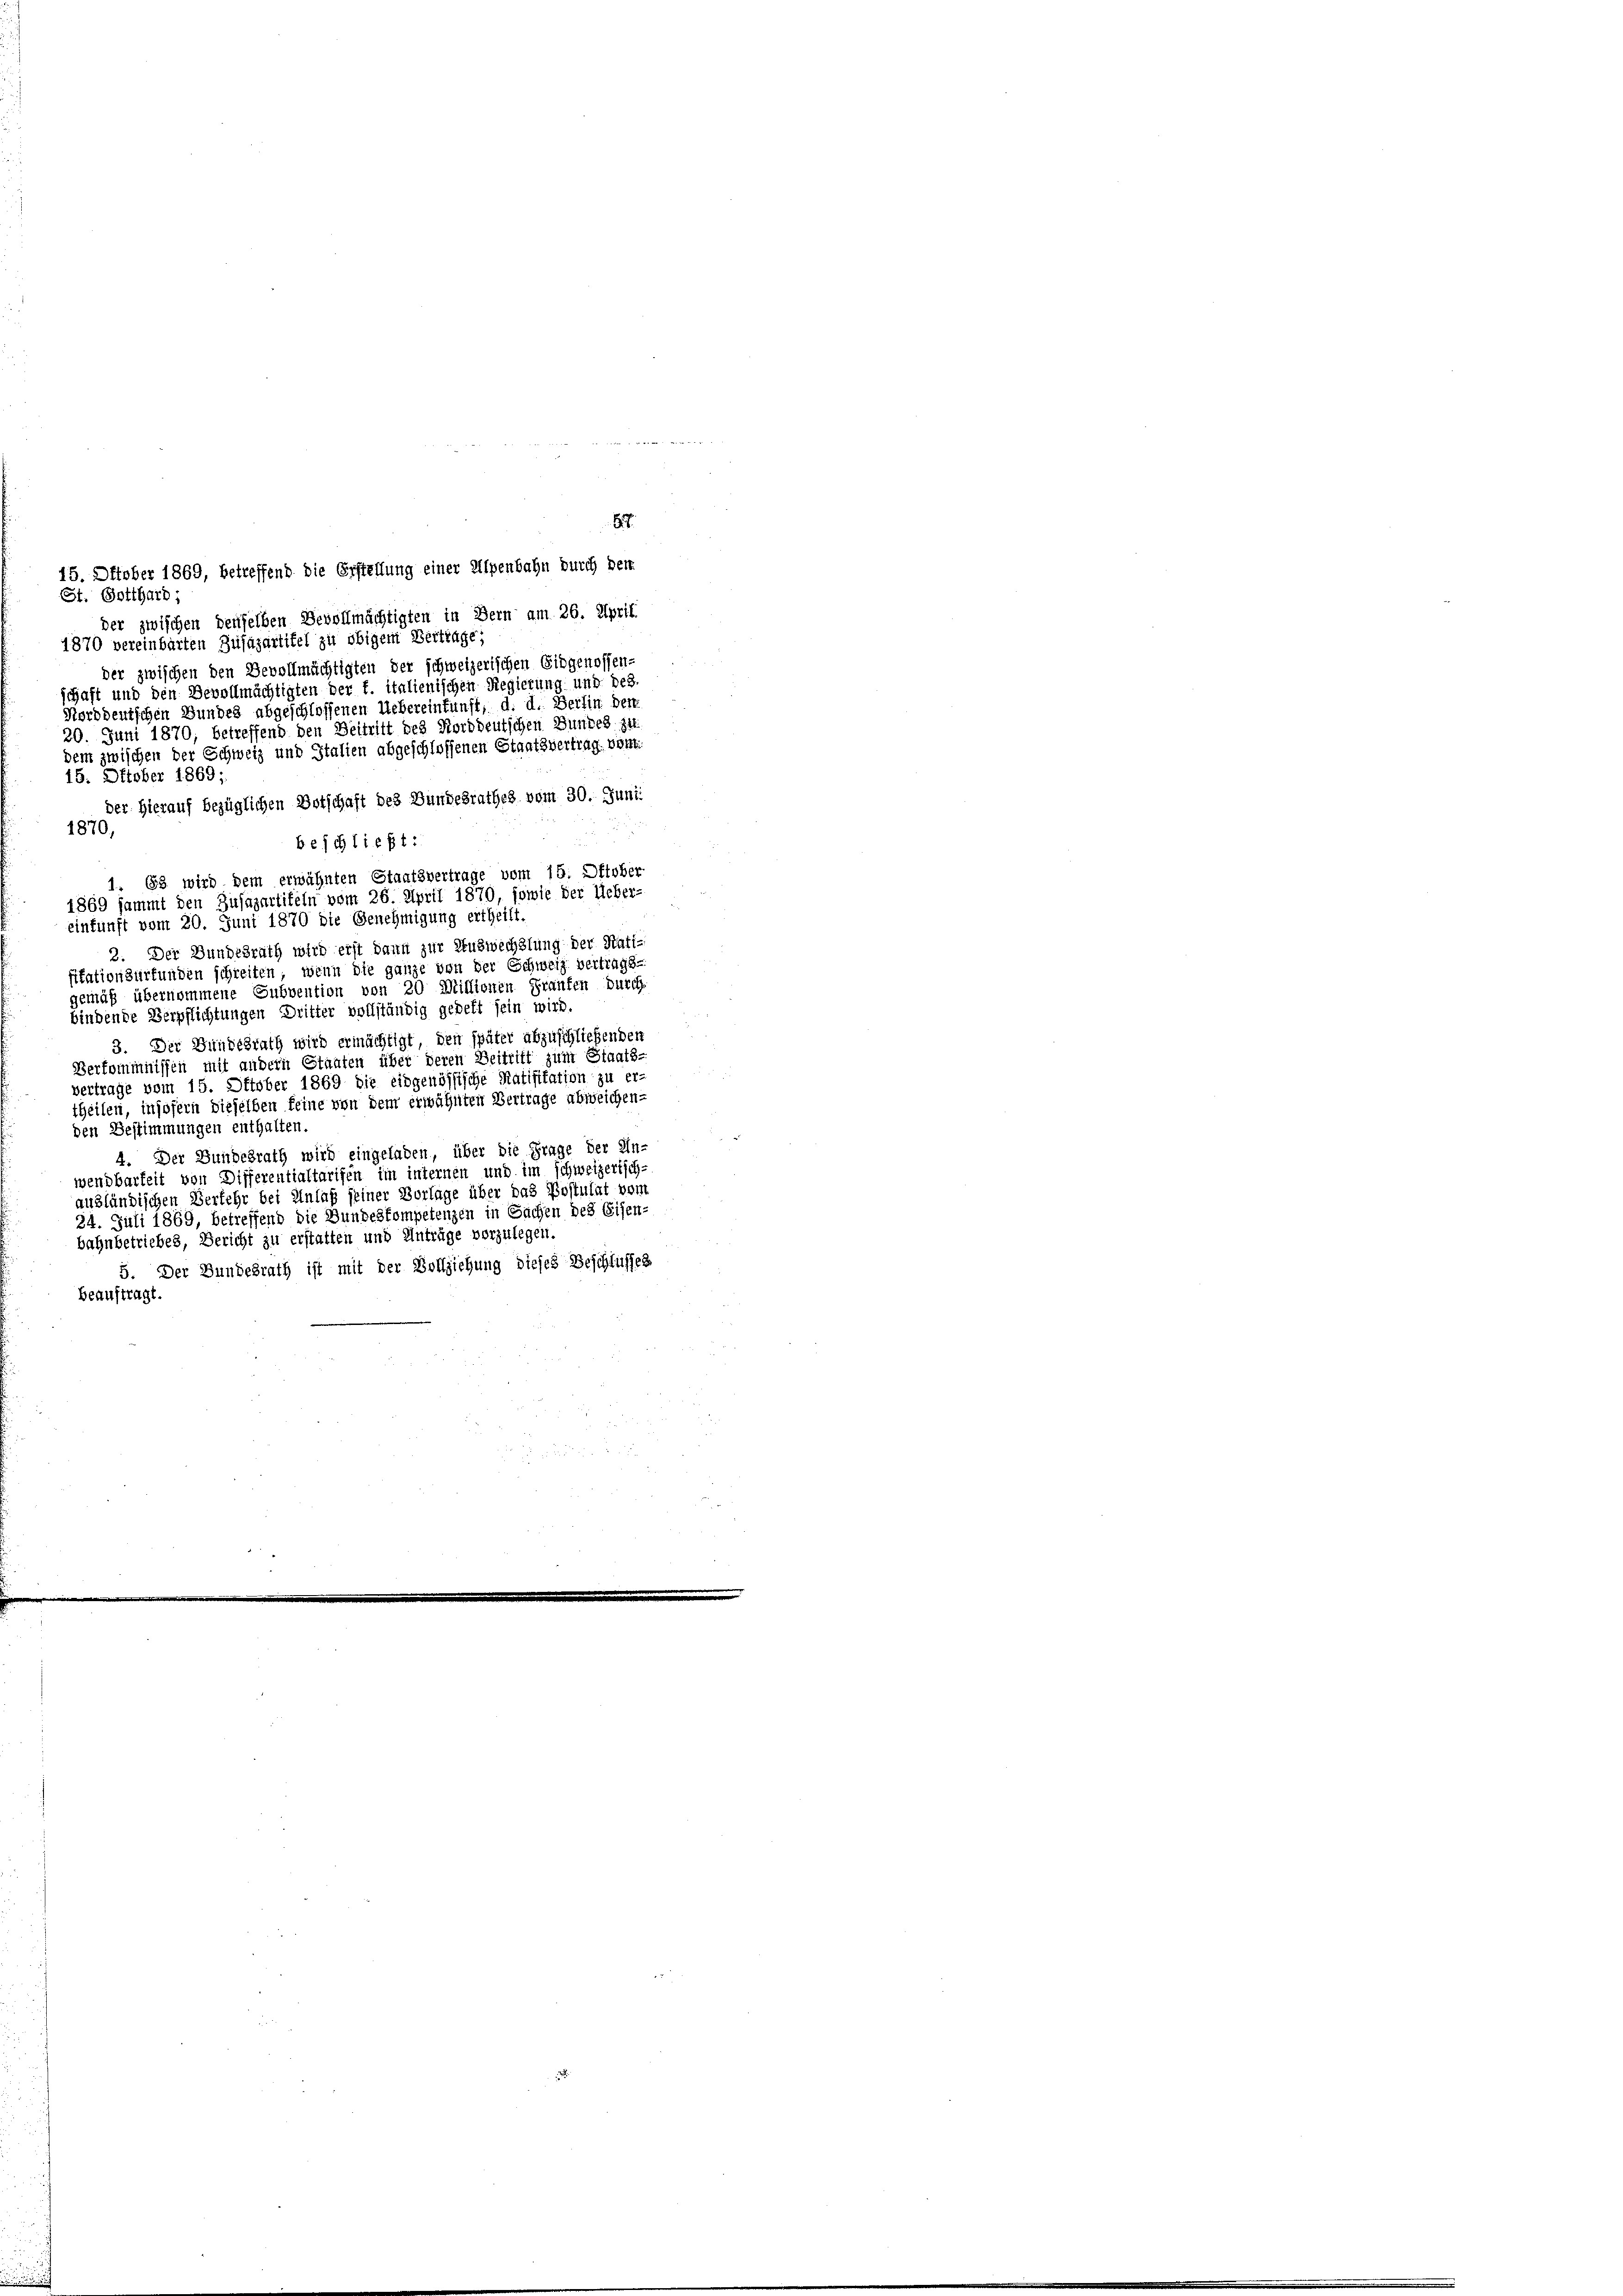
817.
15. Oktober 1869, betreffend die Erstellung einer Alpenbahn durch der
St. Gotthard ;
der zwischen denselben Bevollmächtigten in Bern am 26. April
1870 vereinbarten Zusazartitel zu obigem Bertrage;
der zwischen den Bevollmächtigten der schweizerischen Eidgenossen-
schaft und den Devollmächtigten der f. italienischen Regierung und des
Norddeutschen Bundes abgeschlossenen Uebereinfunst, d. d. Berlin den
20. Juni 1870, betreffend den Beitritt des Norddeutschen Bundes zu
dem zwischen der Schweiz und Italien abgeschlossenen Staatsvertrag vom
15. Oktober 1869;
der hierauf bezüglichen Botschaft des Bundesrathes vom 30. Juni
1870,
beschließt:
1. Es wird dem erwähnten Staatsvertrage vom 15. Oktober
1869 sammt den Zusazartiteln vom 26. April 1879, sowie der Ueber-
einfunft vom 20. Juni 1870 die Genehmigung ertheilt.
2. Der Bundesrath wird erst dann zur Auswechslung der Ratifitation zürfunden schreiten, wenn die ganze von der Schweiz vertrags-
gemäß übernommene Subvention von 20 Millionen Franken durch.
bindende Verpflichtungen Dritter vollständig gebett sein wird.
3. Der Bundesrath wird ermächtigt, den später abzuschließenden
Verkommnissen mit andern Staaten über deren Beitritt zum Staats-
vertrage vom 15. Oktober 1869 die eidgenössische Ratifikation zu er-
theilen, insofern dieselben feine von dem erwähnten Vertrage abweichen-
den Bestimmungen enthalten.
4. Der Bundesrath wird eingeladen, über die Frage der Un-
wendbarkeit von Differentialtarifen im internen und im schweizerisch-
ausländischen Verkehr bei Anlaß seiner Vorlage über das Postulat vom
24. Juli 1869, betreffend die Bundeskompetenzen in Sachen des Eisen-
bahnbetriebes, Bericht zu erstatten und Anträge vorzulegen.
5. Der Bundesrath ist mit der Vollziehung dieses Beschlusses
Beauftragt.